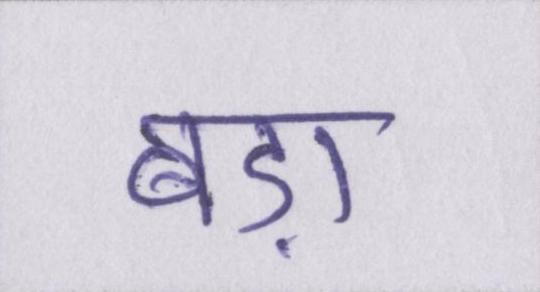
बड़ा